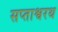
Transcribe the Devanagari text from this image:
सप्ताश्वरथ